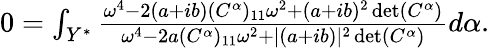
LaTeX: \begin{array}{r}{0=\int_{Y^{*}}\frac{\omega^{4}-2(a+ib)(C^{\alpha})_{11}\omega^{2}+(a+ib)^{2}\operatorname*{det}(C^{\alpha})}{\omega^{4}-2a(C^{\alpha})_{11}\omega^{2}+\lvert(a+ib)\rvert^{2}\operatorname*{det}(C^{\alpha})}d\alpha.}\end{array}